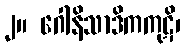
၂။ ဂေါနိသာဒိကကုဋိ၊